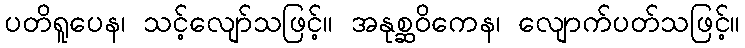
ပတိရူပေန၊ သင့်လျော်သဖြင့်။ အနုစ္ဆဝိကေန၊ လျောက်ပတ်သဖြင့်။